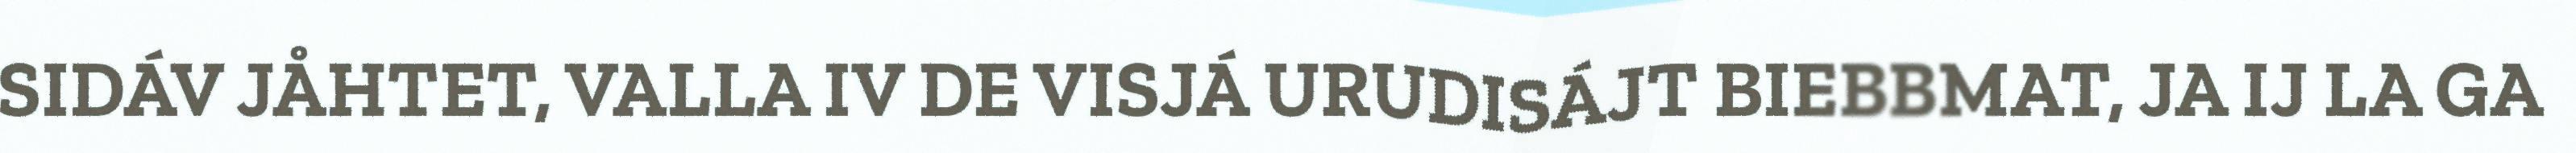
SIDÁV JÅHTET, VALLA IV DE VISJÁ URUDISÁJT BIEBBMAT, JA IJ LA GA